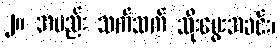
၂။ အမည်း သက်သက် သိုးမွေးအခင်း၊